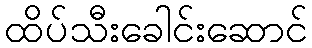
ထိပ်သီးခေါင်းဆောင်